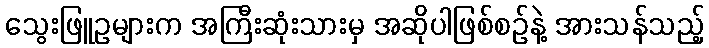
သွေးဖြူဥများက အကြီးဆုံးသားမှ အဆိုပါဖြစ်စဉ်နဲ့ အားသန်သည့်